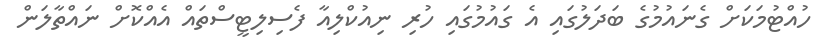
ހުއްޓުމަކަށް ގެނައުމުގެ ބަދަލުގައި އެ ގައުމުގައި ހުރި ނިއުކްލިއާ ފެސިލިޓީސްތައް އެއްކޮށް ނައްތާލަން